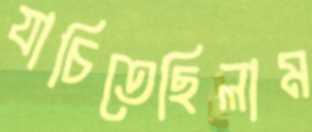
যাচিতেছিলাম